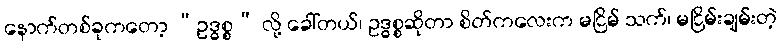
နောက်တစ်ခုကတော့ “ဥဒ္ဓစ္စ” လို့ ခေါ်တယ်၊ ဥဒ္ဓစ္စဆိုတာ စိတ်ကလေးက မငြိမ် သက်၊ မငြိမ်းချမ်းတဲ့